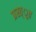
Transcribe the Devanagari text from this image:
प्रस्त्ुत